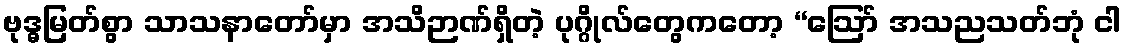
ဗုဒ္ဓမြတ်စွာ သာသနာတော်မှာ အသိဉာဏ်ရှိတဲ့ ပုဂ္ဂိုလ်တွေကတော့ “ဩော် အသညသတ်ဘုံ ငါ